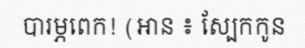
បារម្ភពេក! (អាន ៖ ស្បែកកូន